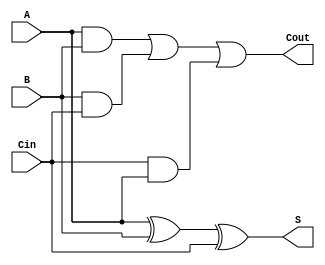
module full_adder( A, B, Cin, S, Cout);
 input wire A, B, Cin;
 output reg S, Cout;
 always @(A or B or Cin)
  begin
   S = A ^ B ^ Cin;
   Cout = A&B | B&Cin | Cin&A ;
  end
endmodule
module mux(A,B,S,Y);
input A,B,S;
output reg Y;
always@(A,B,S)
begin
Y=~S&A| S&B;
end
endmodule
module carry_select (x,y,carry,s,cout);
input [3:0]x,y;
input carry;
output [3:0]s;
output cout;
wire w1,w2,w3,w4,w5,w6,w7,w8,w9,w10,w11,w12,w13,w14,w15,w16;
full_adder fao (x[0],y[0],1'b0,w1,w2);
full_adder fa1 (x[1],y[1],w2,w3,w4);
full_adder fa2 (x[2],y[2],w4,w5,w6);
full_adder fa3 (x[3],y[3],w6,w7,w8);
full_adder fa4 (x[0],y[0],1'b1,w9,w10);
full_adder fa5 (x[1],y[1],w10,w11,w12);
full_adder fa6 (x[2],y[2],w12,w13,w14);
full_adder fa7 (x[3],y[3],w14,w15,w16);
mux mu0(w1,w9,carry,s[0]);
mux mu1(w3,w11,carry,s[1]);
mux mu2(w5,w13,carry,s[2]);
mux mu3(w7,w15,carry,s[3]);
mux mu4(w8,w16,carry,cout);
endmodule